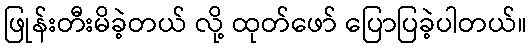
ဖြုန်းတီးမိခဲ့တယ် လို့ ထုတ်ဖော် ပြောပြခဲ့ပါတယ်။